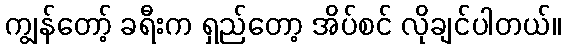
ကျွန်တော့် ခရီးက ရှည်တော့ အိပ်စင် လိုချင်ပါတယ်။